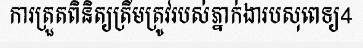
ការត្រួតពិនិត្យត្រឹមត្រូវរបស់ភ្នាក់ងារបសុពេទ្យ4